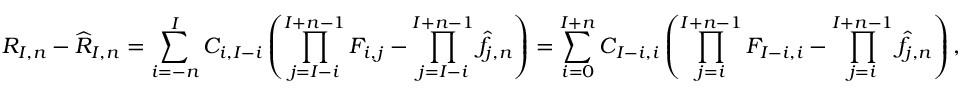
R _ { I , n } - \widehat { R } _ { I , n } = \sum _ { i = - n } ^ { I } C _ { i , I - i } \left( \prod _ { j = I - i } ^ { I + n - 1 } F _ { i , j } - \prod _ { j = I - i } ^ { I + n - 1 } \widehat { f } _ { j , n } \right) = \sum _ { i = 0 } ^ { I + n } C _ { I - i , i } \left( \prod _ { j = i } ^ { I + n - 1 } F _ { I - i , i } - \prod _ { j = i } ^ { I + n - 1 } \widehat { f } _ { j , n } \right) ,